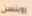
روبنسن